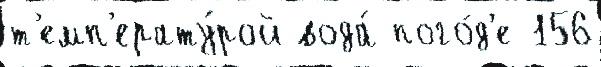
т'емп'ерату́рой вода́ пого́д'е 156